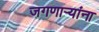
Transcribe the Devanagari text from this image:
जगणाऱ्यांना